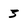
Character: 3